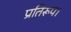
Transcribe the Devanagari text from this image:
प्रतिरूप।